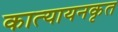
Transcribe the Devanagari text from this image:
कात्यायनकृत